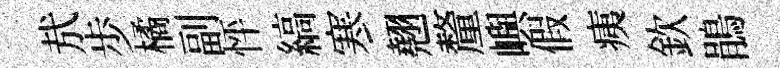
㢤歩橘副怦縞寒翹釐嶼假痍欽鵑